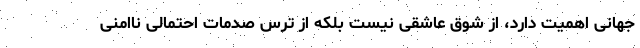
جهانی اهمیت دارد، از شوق عاشقی نیست بلکه از ترس صدمات احتمالی ناامنی